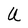
Character: U